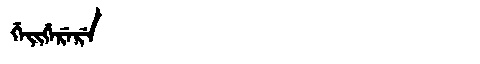
Manchu: ᡤᡝᡳᡤᡝᡵᡝᡵᡝ
Romanization: GEIGERERE